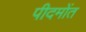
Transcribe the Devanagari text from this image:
पीदमोंत